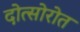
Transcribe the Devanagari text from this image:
दोत्सोरोत